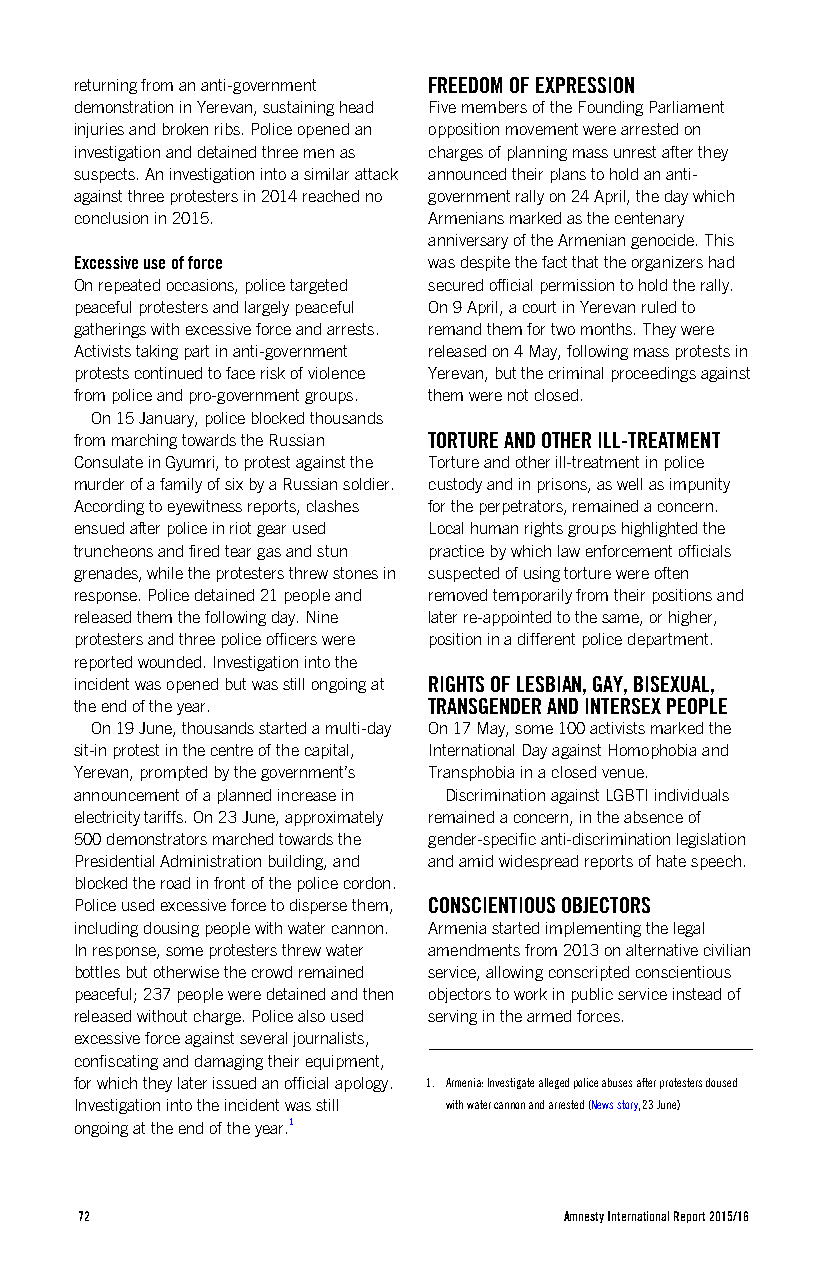
returning from an anti-government FREEDOM OF EXPRESSION
 demonstration in Yerevan, sustaining head Five members of the Founding Parliament
 injuries and broken ribs. Police opened an opposition movement were arrested on
 investigation and detained three men as charges of planning mass unrest after they
 suspects. An investigation into a similar attack announced their plans to hold an anti-
 against three protesters in 2014 reached no government rally on 24 April, the day which
 conclusion in 2015.    Armenians marked as the centenary
 anniversary of the Armenian genocide. This
 Excessive use of force was despite the fact that the organizers had
 On repeated occasions, police targeted secured official permission to hold the rally.
 peaceful protesters and largely peaceful On 9 April, a court in Yerevan ruled to
 gatherings with excessive force and arrests. remand them for two months. They were
 Activists taking part in anti-government released on 4 May, following mass protests in
 protests continued to face risk of violence Yerevan, but the criminal proceedings against
 from police and pro-government groups. them were not closed.
 On 15 January, police blocked thousands
 from marching towards the Russian TORTURE AND OTHER ILL-TREATMENT
 Consulate in Gyumri, to protest against the Torture and other ill-treatment in police
 murder of a family of six by a Russian soldier. custody and in prisons, as well as impunity
 According to eyewitness reports, clashes for the perpetrators, remained a concern.
 ensued after police in riot gear used Local human rights groups highlighted the
 truncheons and fired tear gas and stun practice by which law enforcement officials
 grenades, while the protesters threw stones in suspected of using torture were often
 response. Police detained 21 people and removed temporarily from their positions and
 released them the following day. Nine later re-appointed to the same, or higher,
 protesters and three police officers were position in a different police department.
 reported wounded. Investigation into the
 incident was opened but was still ongoing at RIGHTS OF LESBIAN, GAY, BISEXUAL,
 the end of the year.   TRANSGENDER AND INTERSEX PEOPLE
 On 19 June, thousands started a multi-day On 17 May, some 100 activists marked the
 sit-in protest in the centre of the capital, International Day against Homophobia and
 Yerevan, prompted by the government’s Transphobia in a closed venue.
 announcement of a planned increase in Discrimination against LGBTI individuals
 electricity tariffs. On 23 June, approximately remained a concern, in the absence of
 500 demonstrators marched towards the gender-specific anti-discrimination legislation
 Presidential Administration building, and and amid widespread reports of hate speech.
 blocked the road in front of the police cordon.
 Police used excessive force to disperse them, CONSCIENTIOUS OBJECTORS
 including dousing people with water cannon. Armenia started implementing the legal
 In response, some protesters threw water amendments from 2013 on alternative civilian
 bottles but otherwise the crowd remained service, allowing conscripted conscientious
 peaceful; 237 people were detained and then objectors to work in public service instead of
 released without charge. Police also used serving in the armed forces.
 excessive force against several journalists,
 confiscating and damaging their equipment,
 for which they later issued an official apology. 1. Armenia: Investigate alleged police abuses after protesters doused
 Investigation into the incident was still with water cannon and arrested (News story, 23 June)
 ongoing at the end of the year.1
 72                              Amnesty International Report 2015/16